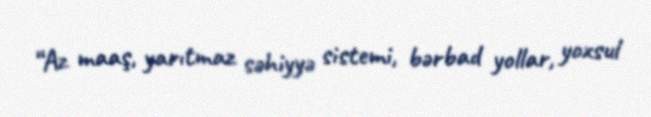
“Az maaş, yarıtmaz səhiyyə sistemi, bərbad yollar, yoxsul